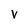
Character: v